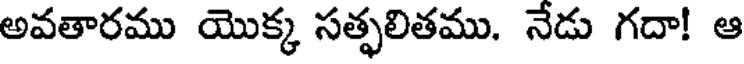
అవతారము యొక్క సత్ఫలితము. నేడు గదా! ఆ